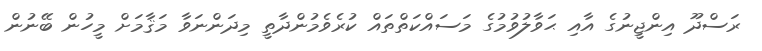
ރަސްދޫ އިންޖީނުގެ އާއި ޙަވާލުވުމުގެ މަސައްކަތްތައް ކުރެވެމުންދާތީ މިދަންނަވާ މަޤާމަށް މީހުން ބޭނުން